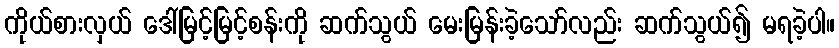
ကိုယ်စားလှယ် ဒေါ်မြင့်မြင့်စန်းကို ဆက်သွယ် မေးမြန်းခဲ့သော်လည်း ဆက်သွယ်၍ မရခဲ့ပါ။